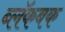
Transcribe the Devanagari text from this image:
ब्लॅकबक